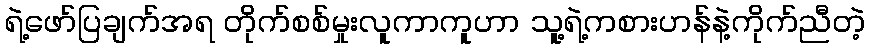
ရဲ့ဖော်ပြချက်အရ တိုက်စစ်မှုးလူကာကူဟာ သူ့ရဲ့ကစားဟန်နဲ့ကိုက်ညီတဲ့